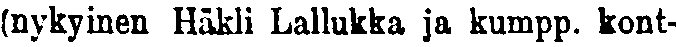
(nykyinen Häkli Lallukka ja kumpp. kont-